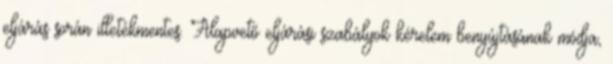
eljárás során illetékmentes. Alapvető eljárási szabályok kérelem benyújtásának módja,